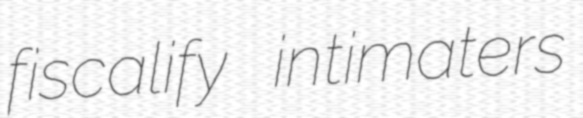
fiscalify intimaters